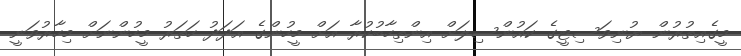
މީގެއިތުރުން ޔުނިވަސިޓީގެ ކައުންސިލަށް އިންތިހާބުކުރާ އަށް މީހުންގެ އަދަދު ހަތަރު މީހުންނަށް މިހާރުވަނީ